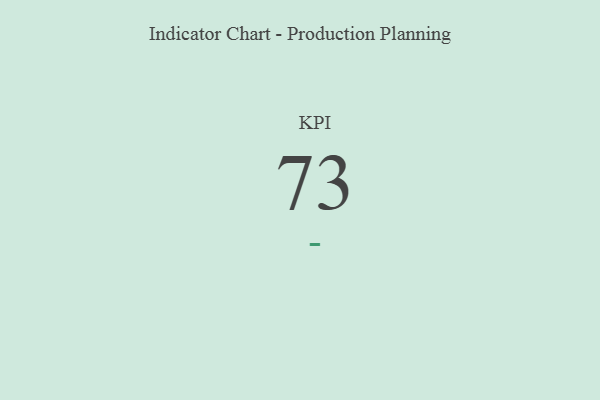
{"axis": {"x": "KPI", "y": "Value"}, "legend": [""], "data": [{"x": "KPI", "y": 73, "type": ""}]}